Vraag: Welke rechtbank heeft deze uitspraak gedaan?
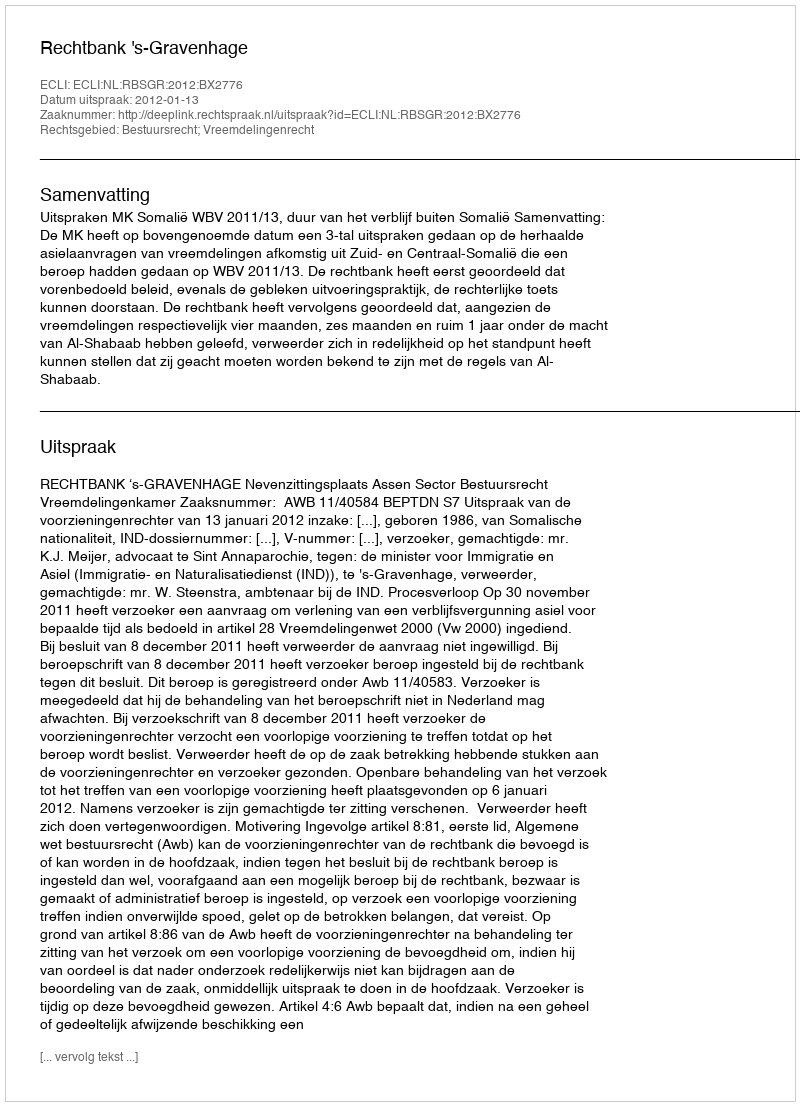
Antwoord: Rechtbank 's-Gravenhage